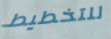
للتخطيط